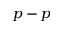
p - p